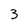
Character: 3